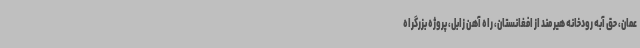
عمان، حق آبه رودخانه هیرمند از افغانستان، راه آهن زابل، پروژه بزرگراه